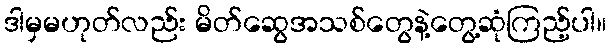
ဒါမှမဟုတ်လည်း မိတ်ဆွေအသစ်တွေနဲ့တွေ့ဆုံကြည့်ပါ။